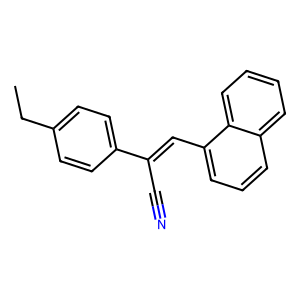
SMILES: CCc1ccc(C(C#N)=Cc2cccc3ccccc23)cc1
Inhibits HIV replication: No